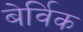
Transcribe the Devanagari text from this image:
बेर्विक